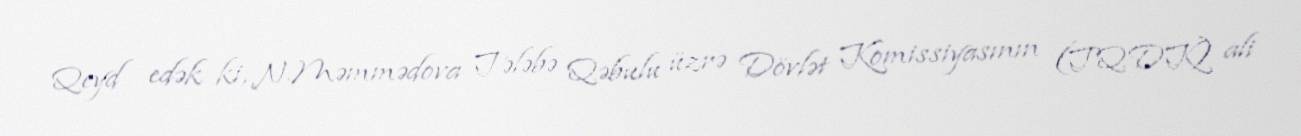
Qeyd edək ki, N.Məmmədova Tələbə Qəbulu üzrə Dövlət Komissiyasının (TQDK) ali